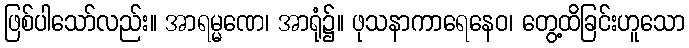
ဖြစ်ပါသော်လည်း။ အာရမ္မဏေ၊ အာရုံ၌။ ဖုသနာကာရေနေဝ၊ တွေ့ထိခြင်းဟူသော